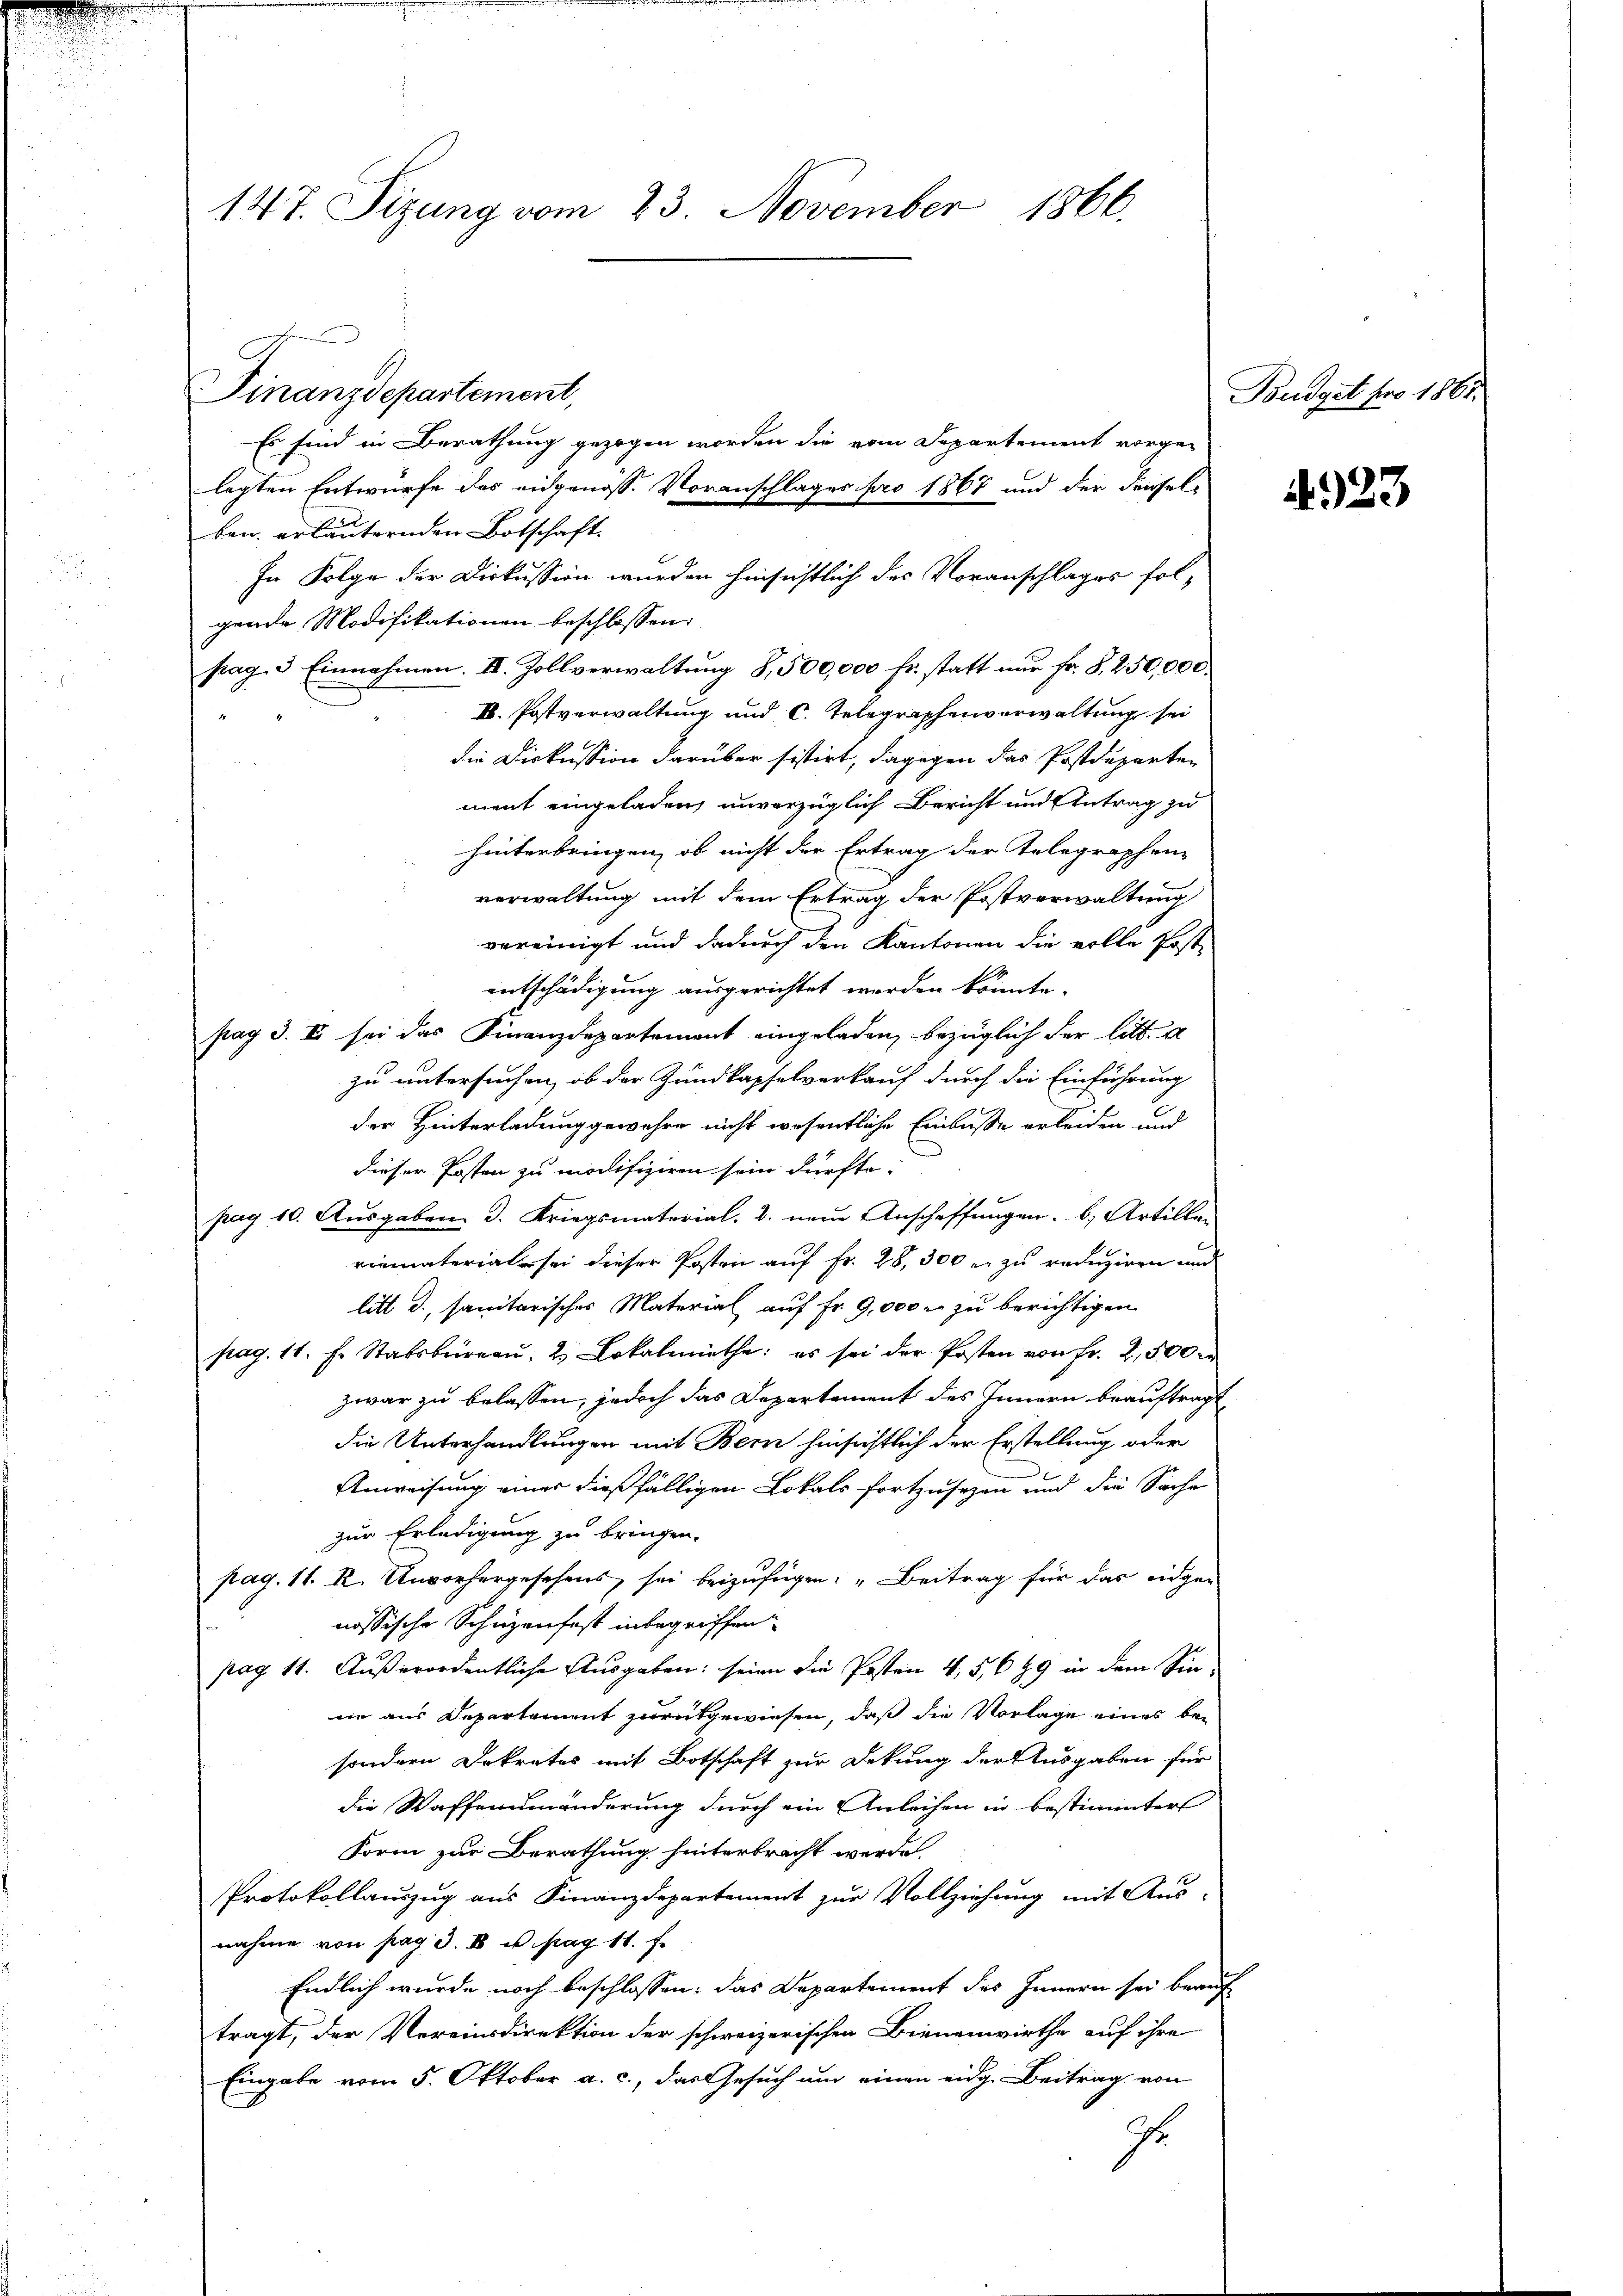
.

Finanzdepartement.

147. Sizung vom 23. November 1866.

Es sind in Berathung gezogen worden die vom Departement vorge-
legten Entwurfe des eidgenöss. Voranschlages pro 1867 und der derselben erläuternden Botschaft.
In Folge der Diskussion wurden hinsichtlich des Voranschlages folgende Modifikationen beschlossen:
pag. 3 Einnahmen. II. Zollverwaltung 8,500,000 fr. statt nur Fr. §. 250,000.
I. Postverwaltung und C. Telegraphenverwaltung sei
die Diskussion darüber sistirt, dagegen das Postdeparten
ment eingeladen, unverzüglich Bericht und Antrag zu
hinterbringen, ob nicht der Ertrag der Telegraphen-
verwaltung mit dem Ertrag der Postverwaltung
vereinigt und dadurch den Kantonen die volle Post-
entschädigung ausgerichtet werden könnte.
pag 3. II sei das Finanzdepartement eingeladen, bezüglich der litt.
zu untersuchen, ob der Zundkapselverkauf durch die Einführung
der Hinterladung gewehre nicht wesentliche Einbusse erleiden und
dieser Posten zu modifiziren sein dürfte.
pag 10. Ausgaben. J. Kriegsmatorial, u. neue Anschaffungen 6. Artillen
riematerial sei dieser Posten auf Fr. 28, 300 r. zu reduziren und
litt d., sanitarisches Material auf Fr. 9,000 s zu berichtigen
pag. 11. f. Stabsbrieau: 2. Lokalmiethe: es sei der Posten von Fr. 2,500 er
zwar zu belassen, jedoch das Departement des Innern beauftragt
die Unterhandlungen mit Bern hinsichtlich der Erstellung oder
Anweisung einer dießfälligen Lokals fortzusezen und die Sache
zur Erledigung zu bringen.
pag. 11. R. Unvorhergesehens sei beizufügen: „Beitrag für das eidge-
nössische Schüzenfest inbegriffen
pag. 11. Außerordentliche Ausgaben: seine die Posten 4, 5, 699 in dem Sinne aus Departement zurükgewiesen, daß die Vorlage eines be-
sondern Dekretes mit Botschaft zur Dekung der Ausgaben für
die Waffenumänderung durch ein Anleihen in Bestimmter
Form zur Berathung hinterbracht werde.
Protokollauszug aus Finanzdepartement zur Vollziehung mit Aus-
nahme von pag. 3. IV u. pag. 11. f.
Endlich wurde noch beschlossen: das Departement des Innern sei beauf
tragt, der Vereinsdirektion der schweizerischen Bienenwirthe auf ihre
Eingabe vom 5. Oktober a. c., das Gesuch um einen eidg. Beitrag von
J

Budget pro 1861.

A 23